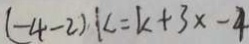
( - 4 - 2 ) k = k + 3 x - 4